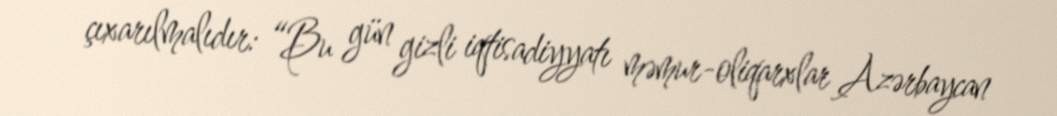
çıxarılmalıdır: “Bu gün gizli iqtisadiyyatı məmur-oliqarxlar Azərbaycan